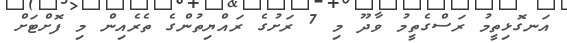
އަނގޮޅިތީމު ރަސްގެތީމު ވާދޫ މި 7 ރަށުގެ ރައްޔިތުންގެ ތެރެއިން މި ފޮށްޓަށް